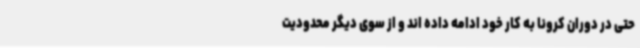
حتی در دوران کرونا به کار خود ادامه داده اند و از سوی دیگر محدودیت